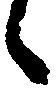
候